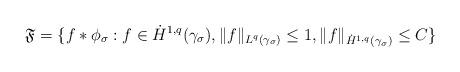
LaTeX: \begin{align*}\mathfrak{F} = \{ f*\phi_\sigma : f \in \dot{H}^{1,q}(\gamma_{\sigma}), \| f \|_{L^{q}(\gamma_{\sigma})} \le 1, \|f\|_{\dot{H}^{1,q}(\gamma_{\sigma})} \le C \}\end{align*}